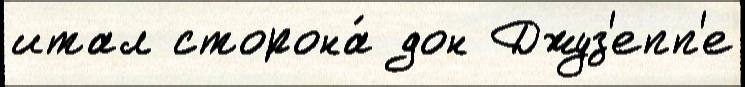
итал сторона́ дон Джуз'епп'е